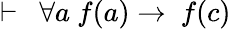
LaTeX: \vdash\ \ \forall a\ f(a)\rightarrow\ f(c)